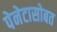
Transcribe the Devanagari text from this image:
पेनेटासोबत